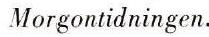
Morgontidningen.